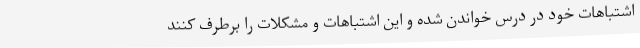
اشتباهات خود در درس خواندن شده و این اشتباهات و مشکلات را برطرف کنند